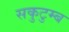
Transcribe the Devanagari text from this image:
सकुटुम्ब